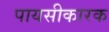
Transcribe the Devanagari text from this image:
पायसीकारक